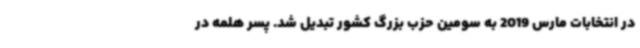
در انتخابات مارس 2019 به سومین حزب بزرگ کشور تبدیل شد. پسر هلمه در